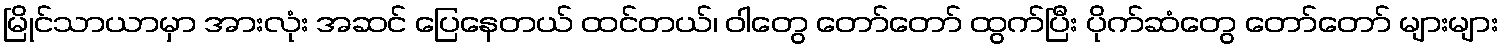
မြိုင်သာယာမှာ အားလုံး အဆင် ပြေနေတယ် ထင်တယ်၊ ဝါတွေ တော်တော် ထွက်ပြီး ပိုက်ဆံတွေ တော်တော် များများ